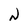
Character: N